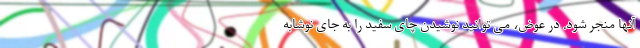
آنها منجر شود. در عوض، می توانید نوشیدن چای سفید را به جای نوشابه